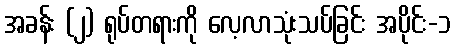
အခန်း (၂) ရုပ်တရားကို လေ့လာသုံးသပ်ခြင်း အပိုင်း-၁